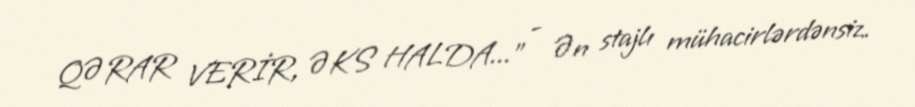
QƏRAR VERİR, ƏKS HALDA...” - Ən stajlı mühacirlərdənsiz.